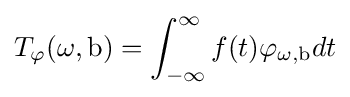
T_{\varphi }(\omega ,\mathrm {b} )=\int _{-\infty }^{\infty }f(t)\varphi _{\omega ,\mathrm {b} }dt